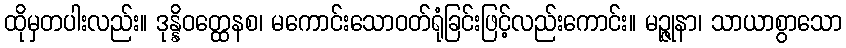
ထိုမှတပါးလည်း။ ဒုန္နိဝတ္ထေနစ၊ မကောင်းသောဝတ်ရုံခြင်းဖြင့်လည်းကောင်း။ မဉ္ဇုနာ၊ သာယာစွာသော